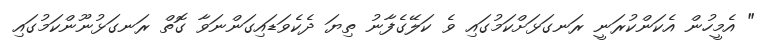
" އެމީހުން އެކަންކުރަނީ ރަނގަޅަށްކަމުގައި ވެ ކަލޭގެފާނު ތިޔަ ދެކެވަޑައިގަންނަވާ ގޮތް ރަނގަޅުނޫންކަމުގައި